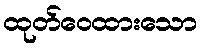
ထုတ်ဝေထားသော